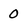
Character: 0